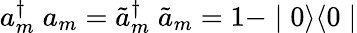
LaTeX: a_{m}^{\dagger}\; a_{m}=\tilde{a}_{m}^{\dagger}\; \tilde{a}_{m}=1-\mid 0\rangle\langle 0\mid